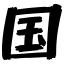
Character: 国